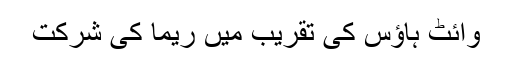
وائٹ ہاؤس کی تقریب میں ریما کی شرکت